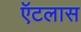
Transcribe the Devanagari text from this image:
ऍटलास